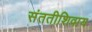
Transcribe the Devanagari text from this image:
संततीशिवाय